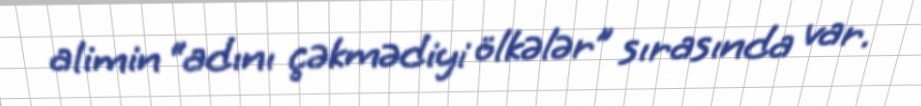
alimin “adını çəkmədiyi ölkələr” sırasında var.